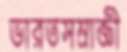
ভারতসম্রাজ্ঞী